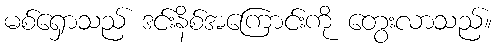
မစ်ရှောသည် ဒင်းနိစ်အကြောင်းကို တွေးလာသည်။